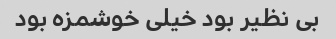
بی نظیر بود خیلی خوشمزه بود